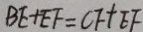
B E + E F = C F + E F